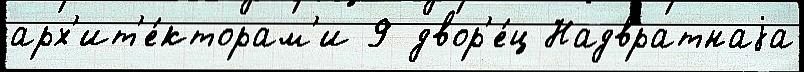
арх'ит'е́кторам'и 9 двор'е́ц Надвратнаjа